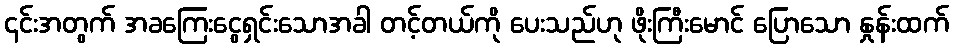
၄င်းအတွက် အခကြေးငွေရှင်းသောအခါ တင့်တယ်ကို ပေးသည်ဟု ဖိုးကြီးမောင် ပြောသော နှုန်းထက်